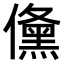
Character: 𭀉